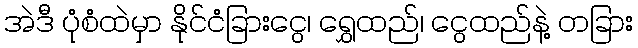
အဲဒီ ပုံစံထဲမှာ နိုင်ငံခြားငွေ၊ ရွှေထည်၊ ငွေထည်နဲ့ တခြား